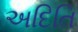
અદિતિ